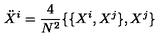
{ \ddot { X } } ^ { i } = \frac { 4 } { N ^ { 2 } } \{ \{ X ^ { i } , X ^ { j } \} , X ^ { j } \}